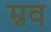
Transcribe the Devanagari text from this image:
म्नव